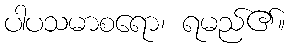
ပါပသမာစရော၊ ရမည်၏။